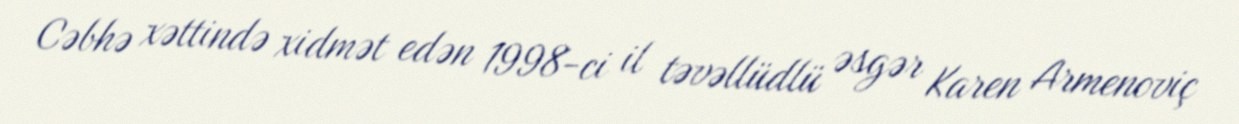
Cəbhə xəttində xidmət edən 1998-ci il təvəllüdlü əsgər Karen Armenoviç